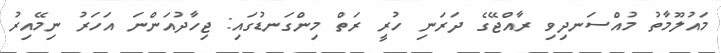
މައުލޫމާތު މުއްސަނދިވި ރާއްޖޭގެ ދަރަނި ހުރީ ރަތް މިންގަނޑުގައި: ޖިހާދުއަންނަ އަހަރު ނިމޭއިރު